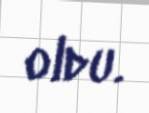
oldu.